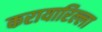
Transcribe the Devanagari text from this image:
करायारिल्ला